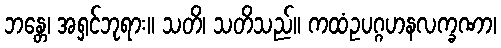
ဘန္တေ၊ အရှင်ဘုရား။ သတိ၊ သတိသည်။ ကထံဥပဂ္ဂဟနလက္ခဏာ၊